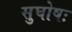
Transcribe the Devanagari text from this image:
सुघोषः